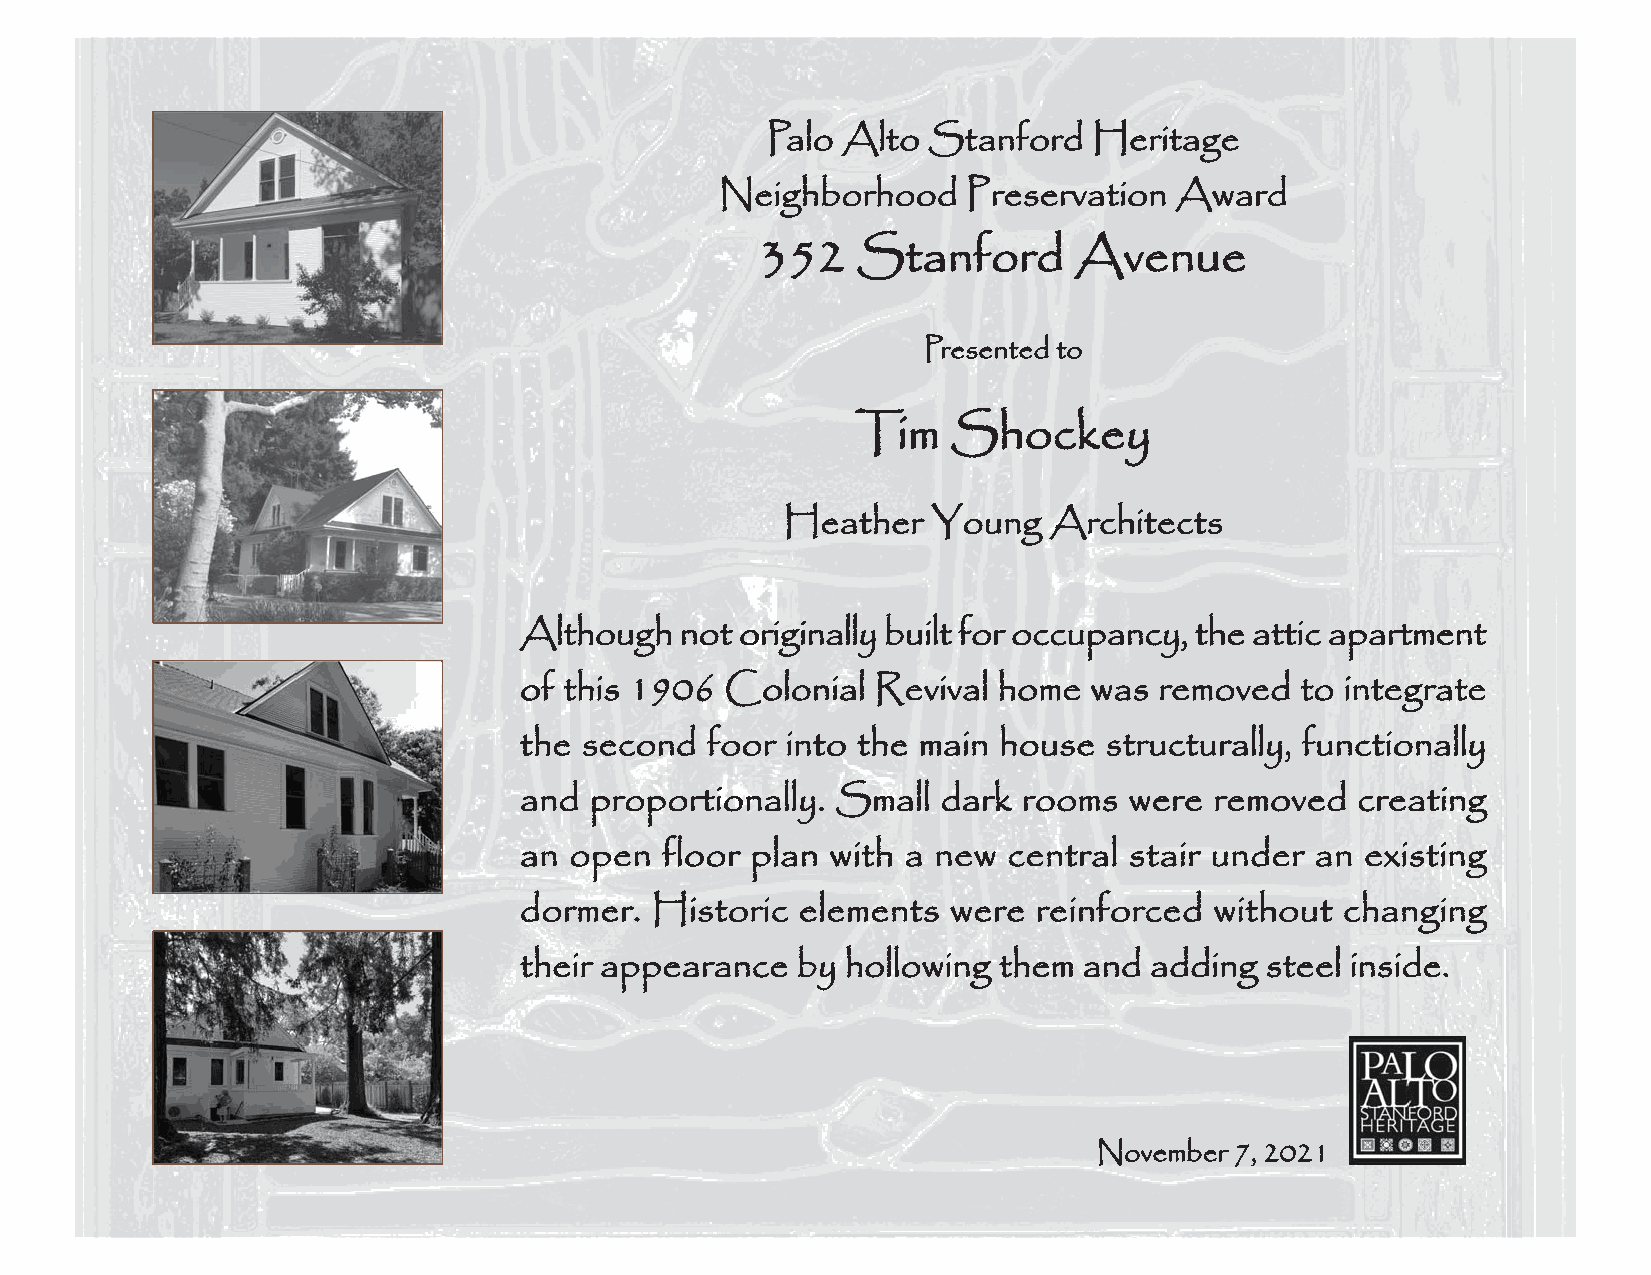
Palo Alto Stanford   Heritage
 Neighborhood    Preservation  Award
 352    Stanford      Avenue
 Presented to
 Tim   Shockey
 Heather   Young  Architects
 Although   not originally built for occupancy, the attic apartment
 of this 1906  Colonial  Revival home  was  removed  to integrate
 the second   foor into the main house  structurally, functionally
 and  proportionally. Small  dark  rooms  were removed   creating
 an  open  floor plan with a new  central stair under an existing
 dormer.  Historic  elements  were  reinforced without  changing
 their appearance   by hollowing them  and adding  steel inside.
 November 7, 2021